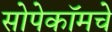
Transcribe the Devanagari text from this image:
सोपेकॉमचे